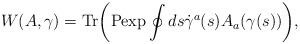
\begin{align*}W(A,\gamma) = {\rm Tr} \biggr({\rm P exp} \oint ds \dot{\gamma}^a(s) A_a(\gamma(s))\biggr),\end{align*}